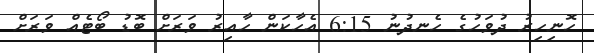
ހޮނިހިރު ދުވަހުގެ ހެނދުނު 6:15 އެހާކަން ހާއިރު ވަރަށް ބޮޑު ބޯޓެއް ވަރަށް